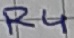
Text: R4